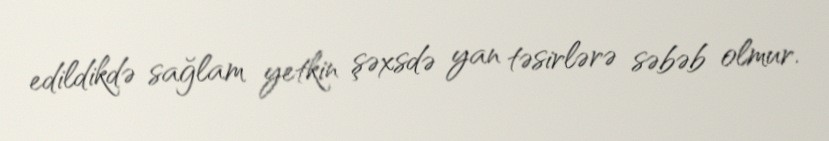
edildikdə sağlam yetkin şəxsdə yan təsirlərə səbəb olmur.